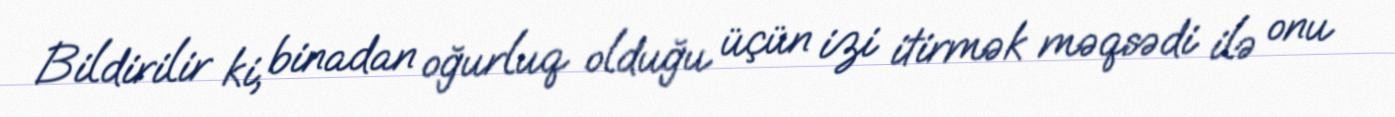
Bildirilir ki, binadan oğurluq olduğu üçün izi itirmək məqsədi ilə onu